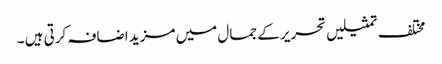
مختلف تمثیلیں تحریر کے جمال میں مزید اضافہ کرتی ہیں ۔